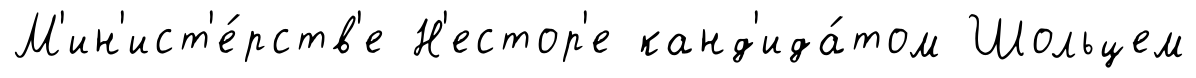
М'ин'ист'е́рств'е Н'естор'е канд'ида́том Шольцем